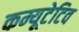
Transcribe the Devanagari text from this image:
कम्यूटेटिव